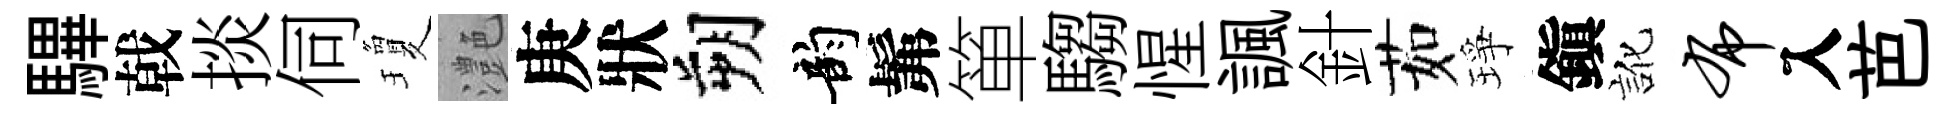
驆戟掞伺瓊灔庚狀朔韵髴箪騶惺諷針茹琤鎭訛布入芭